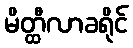
မိတ္ထီလာခရိုင်